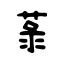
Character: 菉